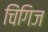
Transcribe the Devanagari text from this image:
चिंगिज